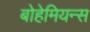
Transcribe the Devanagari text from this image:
बोहेमियन्स